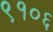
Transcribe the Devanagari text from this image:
९१०६